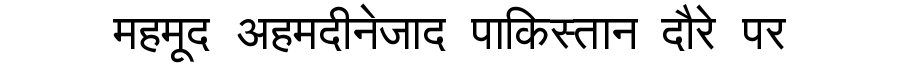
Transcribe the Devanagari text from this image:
महमूद अहमदीनेजाद पाकिस्तान दौरे पर